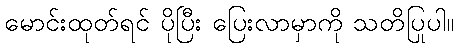
မောင်းထုတ်ရင် ပိုပြီး ပြေးလာမှာကို သတိပြုပါ။